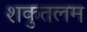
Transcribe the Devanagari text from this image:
शकुतलम